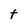
Character: t